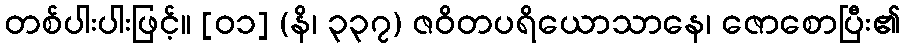
တစ်ပါးပါးဖြင့်။ [၀၁] (နိ၊ ၃၃၇) ဇဝိတပရိယောသာနေ၊ ဇောစောပြီး၏